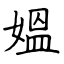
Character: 媼